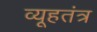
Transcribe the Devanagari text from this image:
व्यूहतंत्र